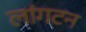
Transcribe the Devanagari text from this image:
लांगटन